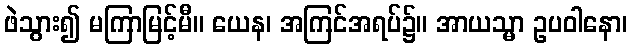
ဖဲသွား၍ မကြာမြင့်မီ။ ယေန၊ အကြင်အရပ်၌။ အာယသ္မာ ဥပဝါနော၊